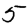
Digit: 5